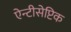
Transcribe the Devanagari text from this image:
ऐन्टीसेप्टिक